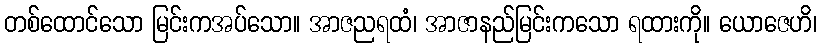
တစ်ထောင်သော မြင်းကအပ်သော။ အာဇညရထံ၊ အာဇာနည်မြင်းကသော ရထားကို။ ယောဇေဟိ၊